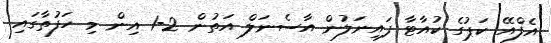
އެފްއޭ ކަޕުގެ ކުއާޓާ ފައިނަލުން އާސެނަލް އަތުން 2-1 އިން މި ހަފުތާގައި